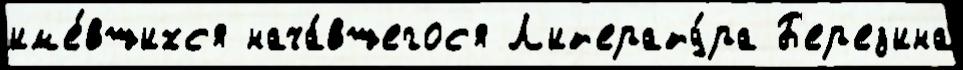
им'е́вшихс'я нача́вшегос'я Л'ит'ерату́ра Б'ер'ез'ина